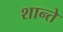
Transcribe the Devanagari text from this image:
शान्ते